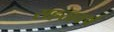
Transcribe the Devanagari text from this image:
सहस्रवर्ष